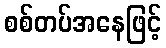
စစ်တပ်အနေဖြင့်